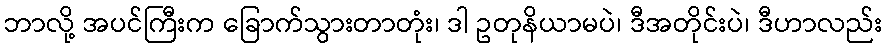
ဘာလို့ အပင်ကြီးက ခြောက်သွားတာတုံး၊ ဒါ ဥတုနိယာမပဲ၊ ဒီအတိုင်းပဲ၊ ဒီဟာလည်း